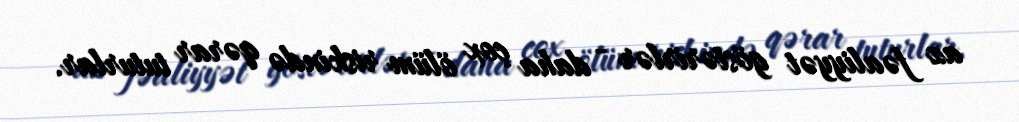
az fəaliyyət göstərirlər - daha çox ölüm riskində qərar tuturlar.